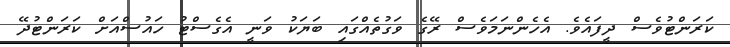
ކަރަންޓުވެސް ދީފައެވެ. އެހެންނަމަވެސް ރޭގެ ވަގުތެއްގައި ބަޔަކު ވަނީ އެގެސްޓު ހައުސްއަށް ކަރަންޓުދޭ